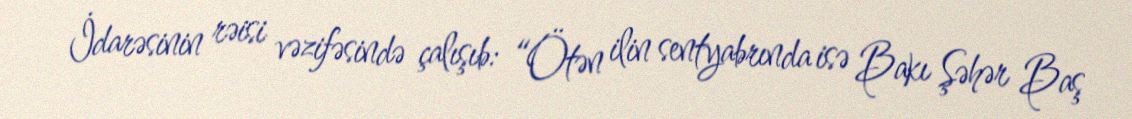
İdarəsinin rəisi vəzifəsində çalışıb: “Ötən ilin sentyabrında isə Bakı Şəhər Baş